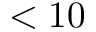
< 1 0